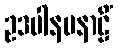
ဥဒပါနပနာဠိံ